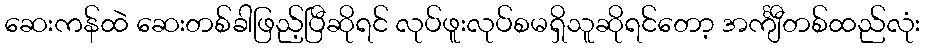
ဆေးကန်ထဲ ဆေးတစ်ခါဖြည့်ပြီဆိုရင် လုပ်ဖူးလုပ်စမရှိသူဆိုရင်တော့ အင်္ကျီတစ်ထည်လုံး